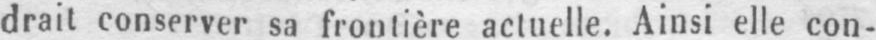
drait conserver sa frontière actuelle. Ainsi elle con-